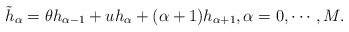
\begin{align*}\tilde{h}_{\alpha} = \theta h_{\alpha-1} + u h_{\alpha} + (\alpha + 1) h_{\alpha+1},\alpha = 0, \cdots, M.\end{align*}